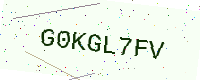
Text: G0KGL7FV